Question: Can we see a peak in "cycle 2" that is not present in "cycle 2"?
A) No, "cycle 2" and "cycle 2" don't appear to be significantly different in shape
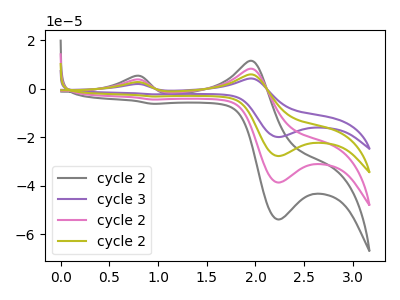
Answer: <think>The gray curve "cycle 2" has anodic peaks at (0.75V, 5.30uA) (1.95V, 11.55uA) and cathodic peaks at (2.25V, -53.90uA) (0.95V, -6.15uA). The purple curve "cycle 3" has anodic peaks at (0.75V, 11.45uA) (1.95V, 24.90uA) and cathodic peaks at (2.25V, -115.95uA) (0.95V, -13.30uA). The pink curve "cycle 2" has anodic peaks at (0.75V, 3.80uA) (1.95V, 8.30uA) and cathodic peaks at (2.25V, -38.65uA) (0.95V, -4.45uA). The olive curve "cycle 2" has anodic peaks at (0.75V, 7.65uA) (1.95V, 16.60uA) and cathodic peaks at (2.25V, -77.30uA) (0.95V, -8.85uA).
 All the peaks in "cycle 2" have a peak in "cycle 2" at the same potential. Every peak in "cycle 2" is higher than every peak in "cycle 2".</think>
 <answer>A) No, "cycle 2" and "cycle 2" don't appear to be significantly different in shape</answer>
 <eval>A</eval>